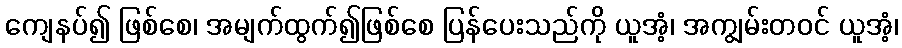
ကျေနပ်၍ ဖြစ်စေ၊ အမျက်ထွက်၍ဖြစ်စေ ပြန်ပေးသည်ကို ယူအံ့၊ အကျွမ်းတဝင် ယူအံ့၊